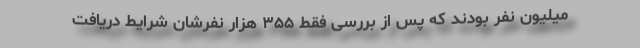
میلیون نفر بودند که پس از بررسی فقط ۳۵۵ هزار نفرشان شرایط دریافت